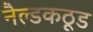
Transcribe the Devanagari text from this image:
नैल्डकठूड